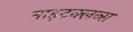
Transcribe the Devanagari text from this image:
नाइटक्लब्स